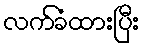
လက်ခံထားပြီး